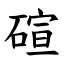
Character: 碹